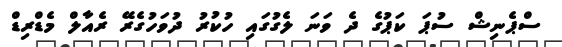
ސްޕެނިޝް ސުޕަ ކަޕުގެ ދެ ވަނަ ލެގުގައި ހުކުރު ދުވަހުގެރޭ ރެއާލް މެޑްރިޑް